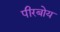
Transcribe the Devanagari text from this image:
पीरबोय